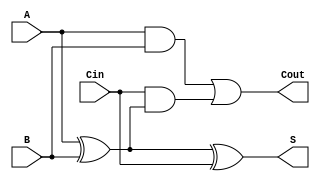
module full_adder (
    input wire A,      // First binary input
    input wire B,      // Second binary input
    input wire Cin,    // Carry-in input
    output wire S,     // Sum output
    output wire Cout   // Carry-out output
);

// Sum calculation using XOR gates
assign S = A ^ B ^ Cin;

// Carry-out calculation using AND and OR gates
assign Cout = (A & B) | (Cin & (A ^ B));

endmodule